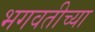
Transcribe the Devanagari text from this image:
भगवतीच्या